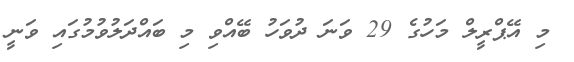
މި އޭޕްރީލް މަހުގެ 29 ވަނަ ދުވަހު ބޭއްވި މި ބައްދަލުވުމުގައި ވަނީ